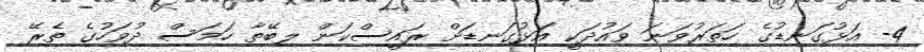
4- އަޅުގަނޑުގެ ހަތަރުވަނަ ވައުދަކީ އަޅުގަނޑަށް ރައީސްކަން ލިބޭތާ ހަމަސް ދުވަހުގެ ތެރޭ